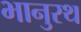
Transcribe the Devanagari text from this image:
भानुरथ